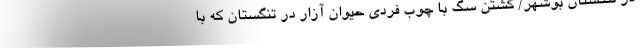
در تنگستان بوشهر/ کشتن سگ با چوب فردی حیوان آزار در تنگستان که با